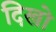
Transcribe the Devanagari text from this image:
दिखो